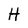
Character: H